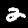
Digit: 2